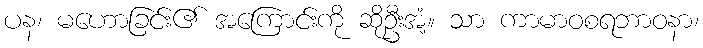
ပန၊ မဟောခြင်း၏ အကြောင်းကို ဆိုဦးအံ့။ သာ ကာမာဝစရဘာဝနာ၊